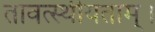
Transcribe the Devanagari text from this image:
तावत्स्थीयताम्।